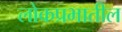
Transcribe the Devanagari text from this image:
लोकप्रभातील